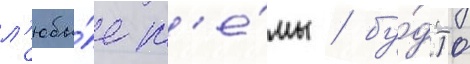
л'юбы́е т'е́мы / бу́дто